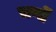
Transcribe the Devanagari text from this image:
चर्णों